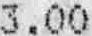
3.00